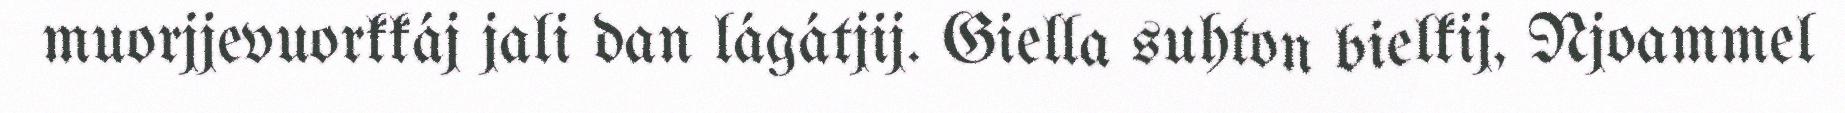
muorjjevuorkkáj jali dan lágátjij. Giella suhton bielkij, Njoammel